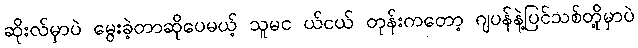
ဆိုးလ်မှာပဲ မွေးခဲ့တာဆိုပေမယ့် သူမင ယ်ငယ် တုန်းကတော့ ဂျပန်နဲ့ပြင်သစ်တို့မှာပဲ